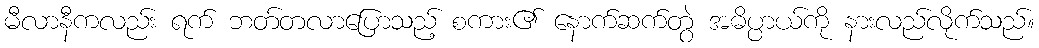
မီလာနီကလည်း ရက် ဘတ်တလာပြောသည့် စကား၏ နောက်ဆက်တွဲ အဓိပ္ပာယ်ကို နားလည်လိုက်သည်။